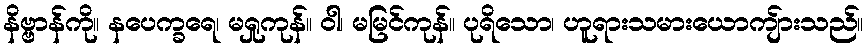
နိဗ္ဗာန်ကို။ နပေက္ခရေ၊ မရှုကုန်။ ဝါ၊ မမြင်ကုန်။ ပုရိသော၊ ဟူရားသမားယောကျ်ားသည်။